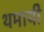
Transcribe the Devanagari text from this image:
थमायी